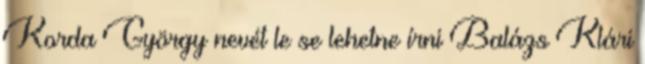
Korda György nevét le se lehetne írni Balázs Klári